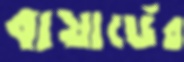
বায়ার্ডের